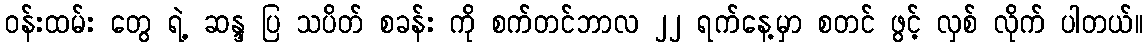
၀န်းထမ်း တွေ ရဲ့ ဆန္ဒ ပြ သပိတ် စခန်း ကို စက်တင်ဘာလ ၂၂ ရက်နေ့မှာ စတင် ဖွင့် လှစ် လိုက် ပါတယ်။